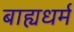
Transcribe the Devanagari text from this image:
बाह्यधर्म